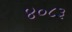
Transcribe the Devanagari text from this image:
४०८३